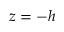
z = - h